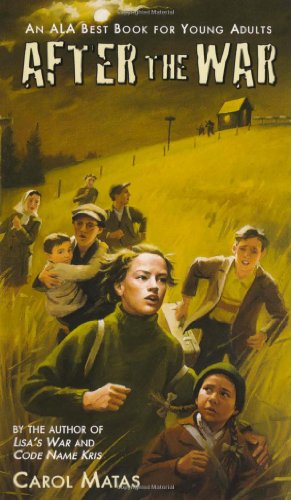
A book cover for After the War; Carol Matas; Teen & Young Adult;